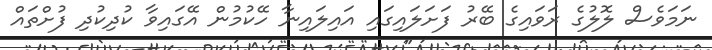
ނަމަވެސް ލޮލުގެ ރަވައިގެ ބޭރު ފަށަލައިގައި އައިލައިނާ ހޭކުމުން އޭގައިވާ ކުދިކުދި ފުށްތައް